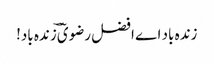
زندہ باد اے افضل رضویؔ ؔزندہ باد!